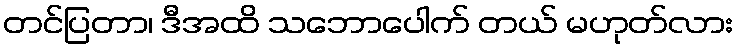
တင်ပြတာ၊ ဒီအထိ သဘောပေါက် တယ် မဟုတ်လား